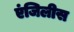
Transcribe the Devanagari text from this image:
एंजिलीस